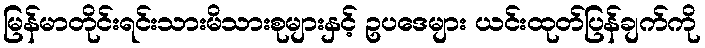
မြန်မာတိုင်းရင်းသားမိသားစုများနှင့် ဥပဒေများ ယင်းထုတ်ပြန်ချက်ကို